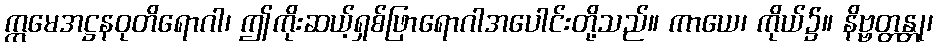
ဣမေအဋ္ဌနဝုတိရောဂါ၊ ဤကိုးဆယ့်ရှစ်ဖြာရောဂါအပေါင်းတို့သည်။ ကာယေ၊ ကိုယ်၌။ နိဗ္ဗတ္တန္တု၊